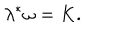
LaTeX: \lambda ^ { \ast } \omega = K .